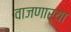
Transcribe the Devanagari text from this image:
वाजणार्‍या